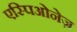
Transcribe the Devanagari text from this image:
एस्पिओनेज़